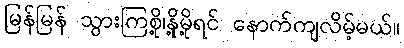
မြန်မြန် သွားကြစို့၊နို့မို့ရင် နောက်ကျလိမ့်မယ်။